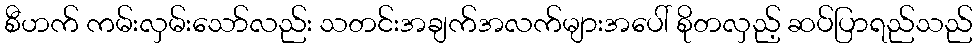
စီဟက် ကမ်းလှမ်းသော်လည်း သတင်းအချက်အလက်များအပေါ် စိုတလှည့် ဆပ်ပြာရည်သည်